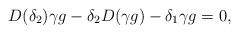
LaTeX: \begin{align*}D(\delta_2) \gamma g - \delta_2 D(\gamma g) - \delta_1 \gamma g = 0,\end{align*}